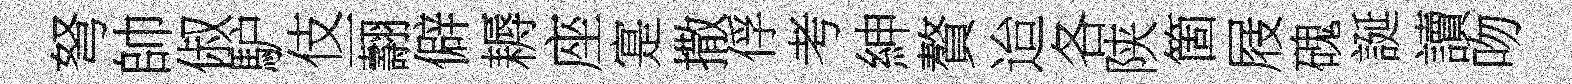
弩帥俶馿伎一翿僻耨座寔撒俘考紳贅迨各陕箇屐磈誕讀吻